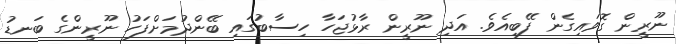
ނޫރީން ގޮވައިގެން ފޭބިއެވެ. އަދި ނޫރީން ރާޅުޖަހާ ހިސާބުގައި ބޭންދުމަށްފަހު ނޫރީންގެ ބަނޑު